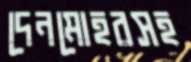
দেনমোহরসহ